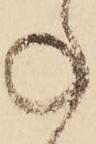
ね